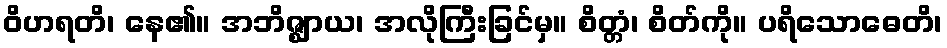
ဝိဟရတိ၊ နေ၏။ အဘိဇ္ဈာယ၊ အလိုကြီးခြင်မှ။ စိတ္တံ၊ စိတ်ကို။ ပရိသောဓေတိ၊